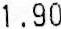
1.90